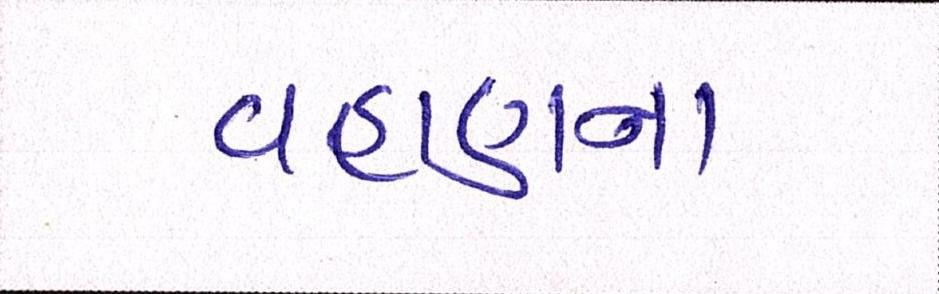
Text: વહાણના